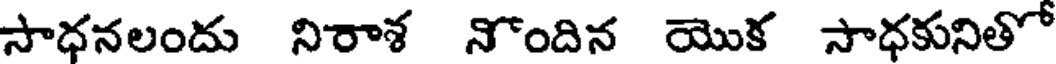
సాధనలందు నిరాశ నొందిన యొక సాధకునితో